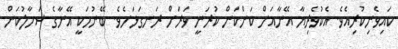
ކައިވެނިކުރިއެވެ. އެކުވެރިޔާ އޭނާއަށް ކަންކަން ކުރަނީ ވަރަށް ރަނގަޅަށެވެ. ބޭނުމަކީ އޭނާގެ ސަމާލުކަން